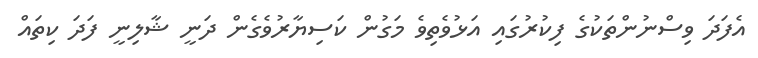
އެފަދަ ވިސްނުންތަކުގެ ފިކުރުގައި އަޅުވެތިވެ މަގުން ކަސިޔާރުވެގެން ދަނީ ޝާލިނީ ފަދަ ކިތައް